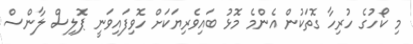
މި ކޯހުގެ ހުރިހާ ގޮތަކުން އެންމެ މޮޅު ބައިވެރިޔަކަށް ހޮވިފައިވަނީ ޕޮލިސް ލާންސް